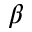
\beta